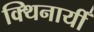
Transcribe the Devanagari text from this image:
क्थिनायीँ